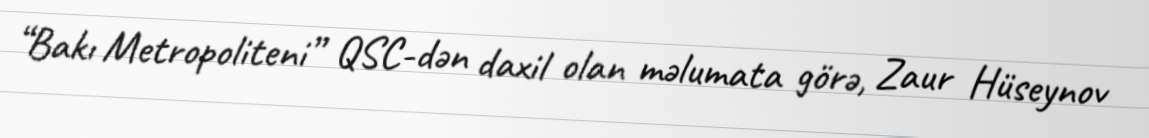
“Bakı Metropoliteni” QSC-dən daxil olan məlumata görə, Zaur Hüseynov